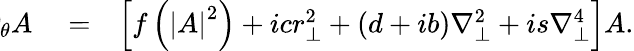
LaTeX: \begin{array}{rlr}{\negthickspace\negthickspace\partial_{\theta}A}&{{}=}&{\left[f\left(\left|A\right|^{2}\right)+icr_{\perp}^{2}+\left(d+ib\right)\nabla_{\perp}^{2}+is\nabla_{\perp}^{4}\right]A.}\end{array}